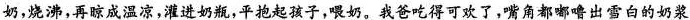
奶，烧沸，再温凉，灌进奶瓶，平抱起孩子，喂奶。我爸吃得可欢了，嘴角都出雪白的奶浆